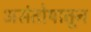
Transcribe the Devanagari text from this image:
असंतोषातून